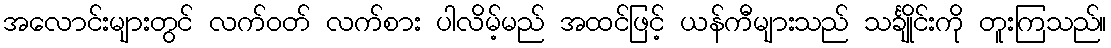
အလောင်းများတွင် လက်ဝတ် လက်စား ပါလိမ့်မည် အထင်ဖြင့် ယန်ကီများသည် သင်္ချိုင်းကို တူးကြသည်။